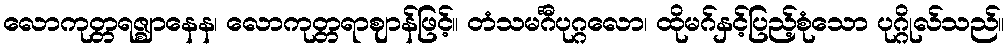
လောကုတ္တရဇ္ဈာနေန၊ လောကုတ္တရာဈာန်ဖြင့်။ တံသမင်္ဂီပုဂ္ဂလော၊ ထိုမဂ်နှင့်ပြည့်စုံသော ပုဂ္ဂိုလ်သည်။